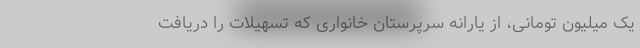
یک میلیون تومانی، از یارانه سرپرستان خانواری که تسهیلات را دریافت